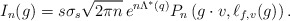
\begin{align*} I_n(g) = s \sigma_{s} \sqrt{2\pi n} \, e^{n\Lambda^{*}(q) } P_{n} \left( g \cdot v, \ell_{f,v}(g) \right). \end{align*}